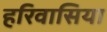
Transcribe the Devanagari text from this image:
हरिवासिया